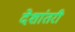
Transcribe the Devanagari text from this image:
देशांतरी